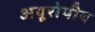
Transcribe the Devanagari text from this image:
अयूरोपीय